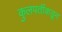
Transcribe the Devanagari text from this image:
कुलपतींकडून